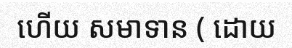
ហើយ សមាទាន ( ដោយ